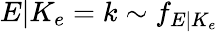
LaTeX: E|K_{e}=k\sim f_{E|K_{e}}